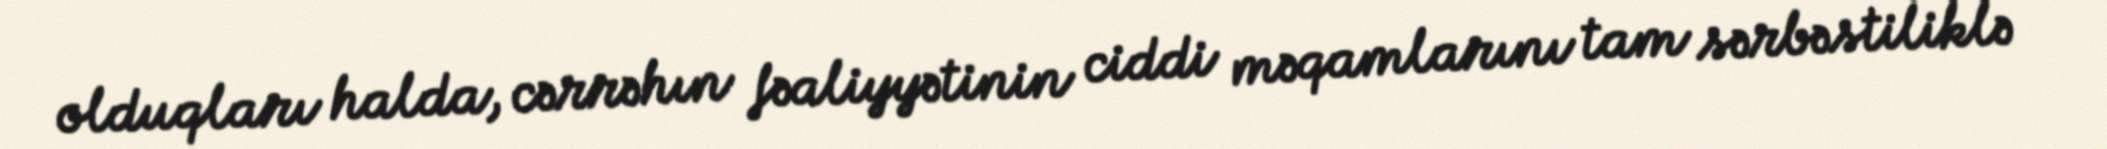
olduqları halda, cərrəhın fəaliyyətinin ciddi məqamlarını tam sərbəstiliklə